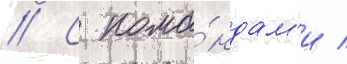
// С кома́ндам'и /